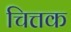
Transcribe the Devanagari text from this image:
चित्तक